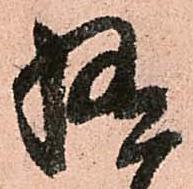
極